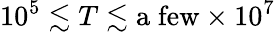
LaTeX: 10^{5}\lesssim T\lesssim\mathrm{a\; few}\times 10^{7}